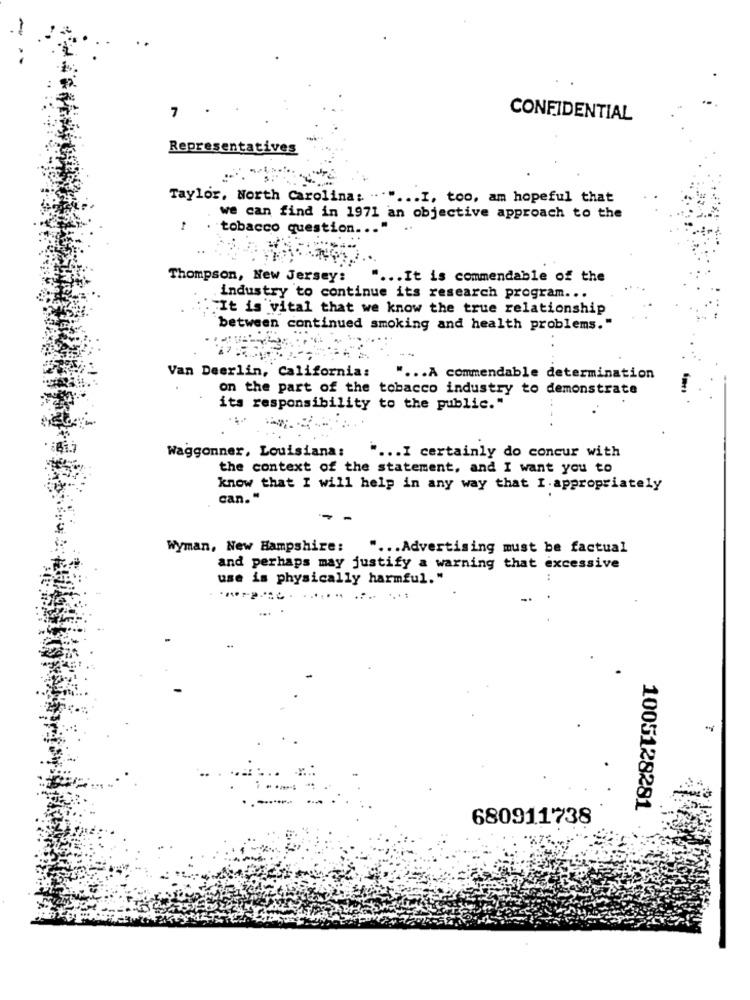
7
CONFIDENTIAL
Representatives
Taylor, North Carolina: "." ... I, too, am hopeful that
we can find in 1971 an objective approach to the
: .
tobacco question ... "
Thompson, New Jersey:
... It is commendable of the
industry to continue its research program ...
:It is vital that we know the true relationship
between continued smoking and health problems."
Van Deerlin, California:
... A commendable determination
on the part of the tobacco industry to demonstrate
its responsibility to the public."
Waggonner, Louisiana:
" ... I certainly do concur with
the context of the statement, and I want you to
know that I will help in any way that I. appropriately
can. "
-
Wyman, New Hampshire:
" ... Advertising must be factual
and perhaps may justify a warning that excessive
use is physically harmful."
-
1005128281
680911738